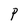
Character: P